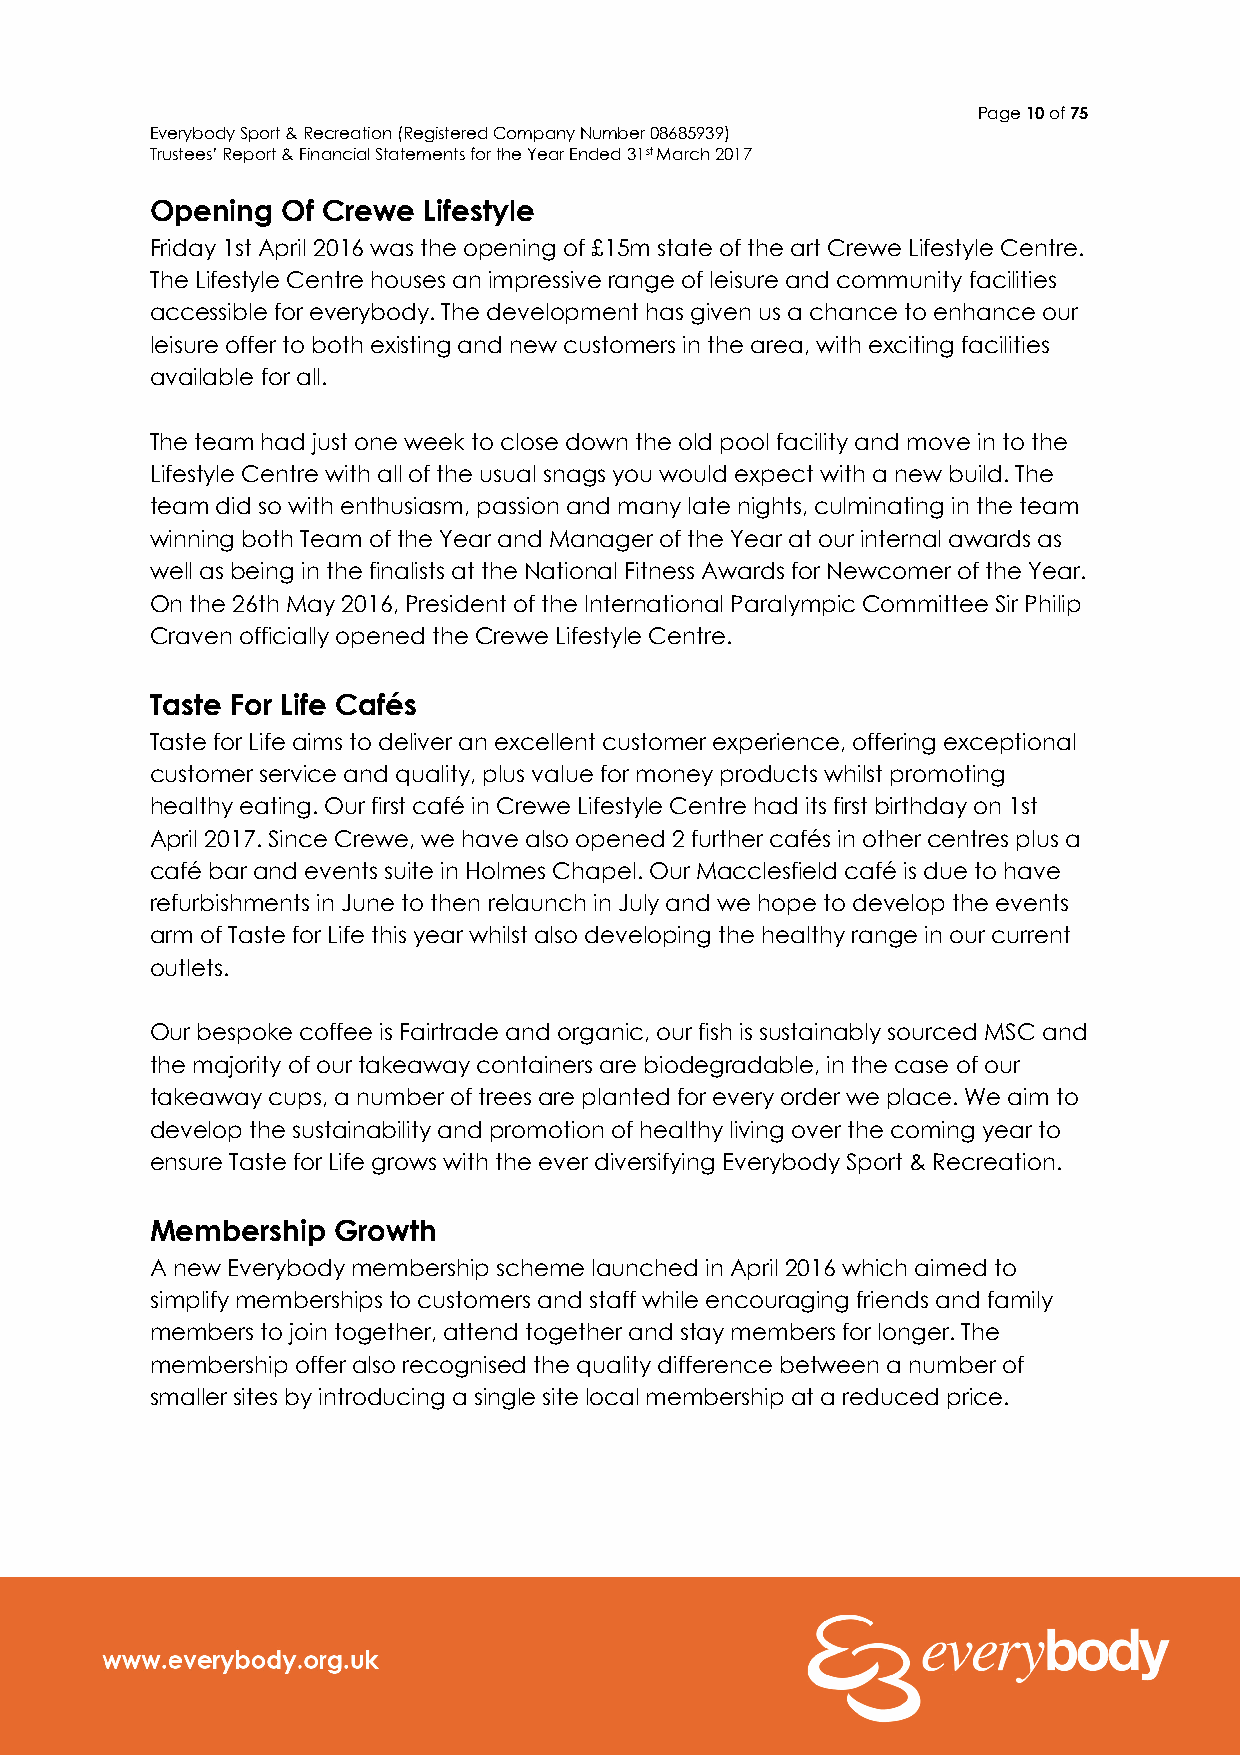
Page 10 of 75
 Everybody Sport & Recreation (Registered Company Number 08685939)
 Trustees’ Report & Financial Statements for the Year Ended 31st March 2017
 Opening  Of Crewe Lifestyle
 Friday 1st April 2016 was the opening of £15m state of the art Crewe Lifestyle Centre.
 The Lifestyle Centre houses an impressive range of leisure and community facilities
 accessible for everybody. The development has given us a chance to enhance our
 leisure offer to both existing and new customers in the area, with exciting facilities
 available for all.
 The team had just one week to close down the old pool facility and move in to the
 Lifestyle Centre with all of the usual snags you would expect with a new build. The
 team did so with enthusiasm, passion and many late nights, culminating in the team
 winning both Team of the Year and Manager of the Year at our internal awards as
 well as being in the finalists at the National Fitness Awards for Newcomer of the Year.
 On the 26th May 2016, President of the International Paralympic Committee Sir Philip
 Craven officially opened the Crewe Lifestyle Centre.
 Taste For Life Cafés
 Taste for Life aims to deliver an excellent customer experience, offering exceptional
 customer service and quality, plus value for money products whilst promoting
 healthy eating. Our first café in Crewe Lifestyle Centre had its first birthday on 1st
 April 2017. Since Crewe, we have also opened 2 further cafés in other centres plus a
 café bar and events suite in Holmes Chapel. Our Macclesfield café is due to have
 refurbishments in June to then relaunch in July and we hope to develop the events
 arm of Taste for Life this year whilst also developing the healthy range in our current
 outlets.
 Our bespoke coffee is Fairtrade and organic, our fish is sustainably sourced MSC and
 the majority of our takeaway containers are biodegradable, in the case of our
 takeaway cups, a number of trees are planted for every order we place. We aim to
 develop the sustainability and promotion of healthy living over the coming year to
 ensure Taste for Life grows with the ever diversifying Everybody Sport & Recreation.
 Membership  Growth
 A new Everybody membership scheme launched in April 2016 which aimed to
 simplify memberships to customers and staff while encouraging friends and family
 members to join together, attend together and stay members for longer. The
 membership offer also recognised the quality difference between a number of
 smaller sites by introducing a single site local membership at a reduced price.